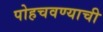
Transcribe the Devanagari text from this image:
पोहचवण्याची